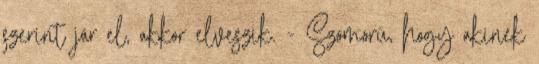
szerint jár el, akkor elveszik. - Szomorú, hogy akinek